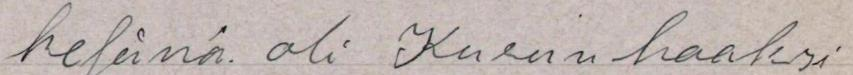
kesänä. oli Kurun haaksi